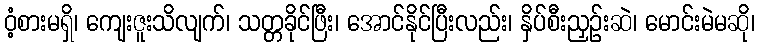
ဝံ့စားမရှိ၊ ကျေးဇူးသိလျက်၊ သတ္တခိုင်ဖြီး၊ အောင်နိုင်ပြီးလည်း၊ နှိပ်စီးညှဉ်းဆဲ၊ မောင်းမဲမဆို၊